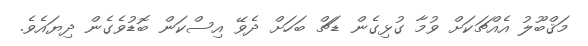
މަޤްބޫލު އެއްޗަކަށް ވުމާ ގުޅިގެން ޑަޗް ބަހަށް ދެވޭ އިސްކަން ބޮޑުވެގެން ދިޔައެވެ.